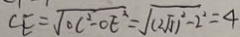
C _ { E } = \sqrt { o c ^ { 2 } - o E ^ { 2 } } = \sqrt { ( 2 \sqrt { 5 } ) ^ { 2 } - 2 ^ { 2 } } = 4